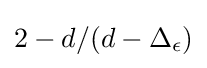
2-d/(d-\Delta _{\epsilon })